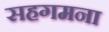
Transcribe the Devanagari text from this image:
सहगमना